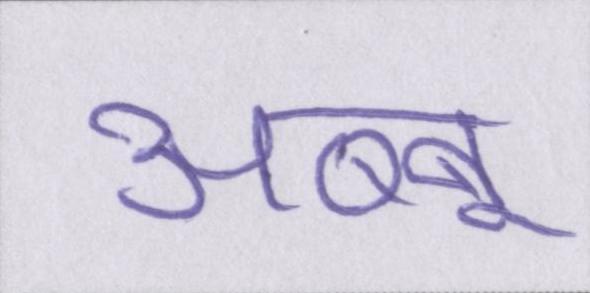
अब्बू